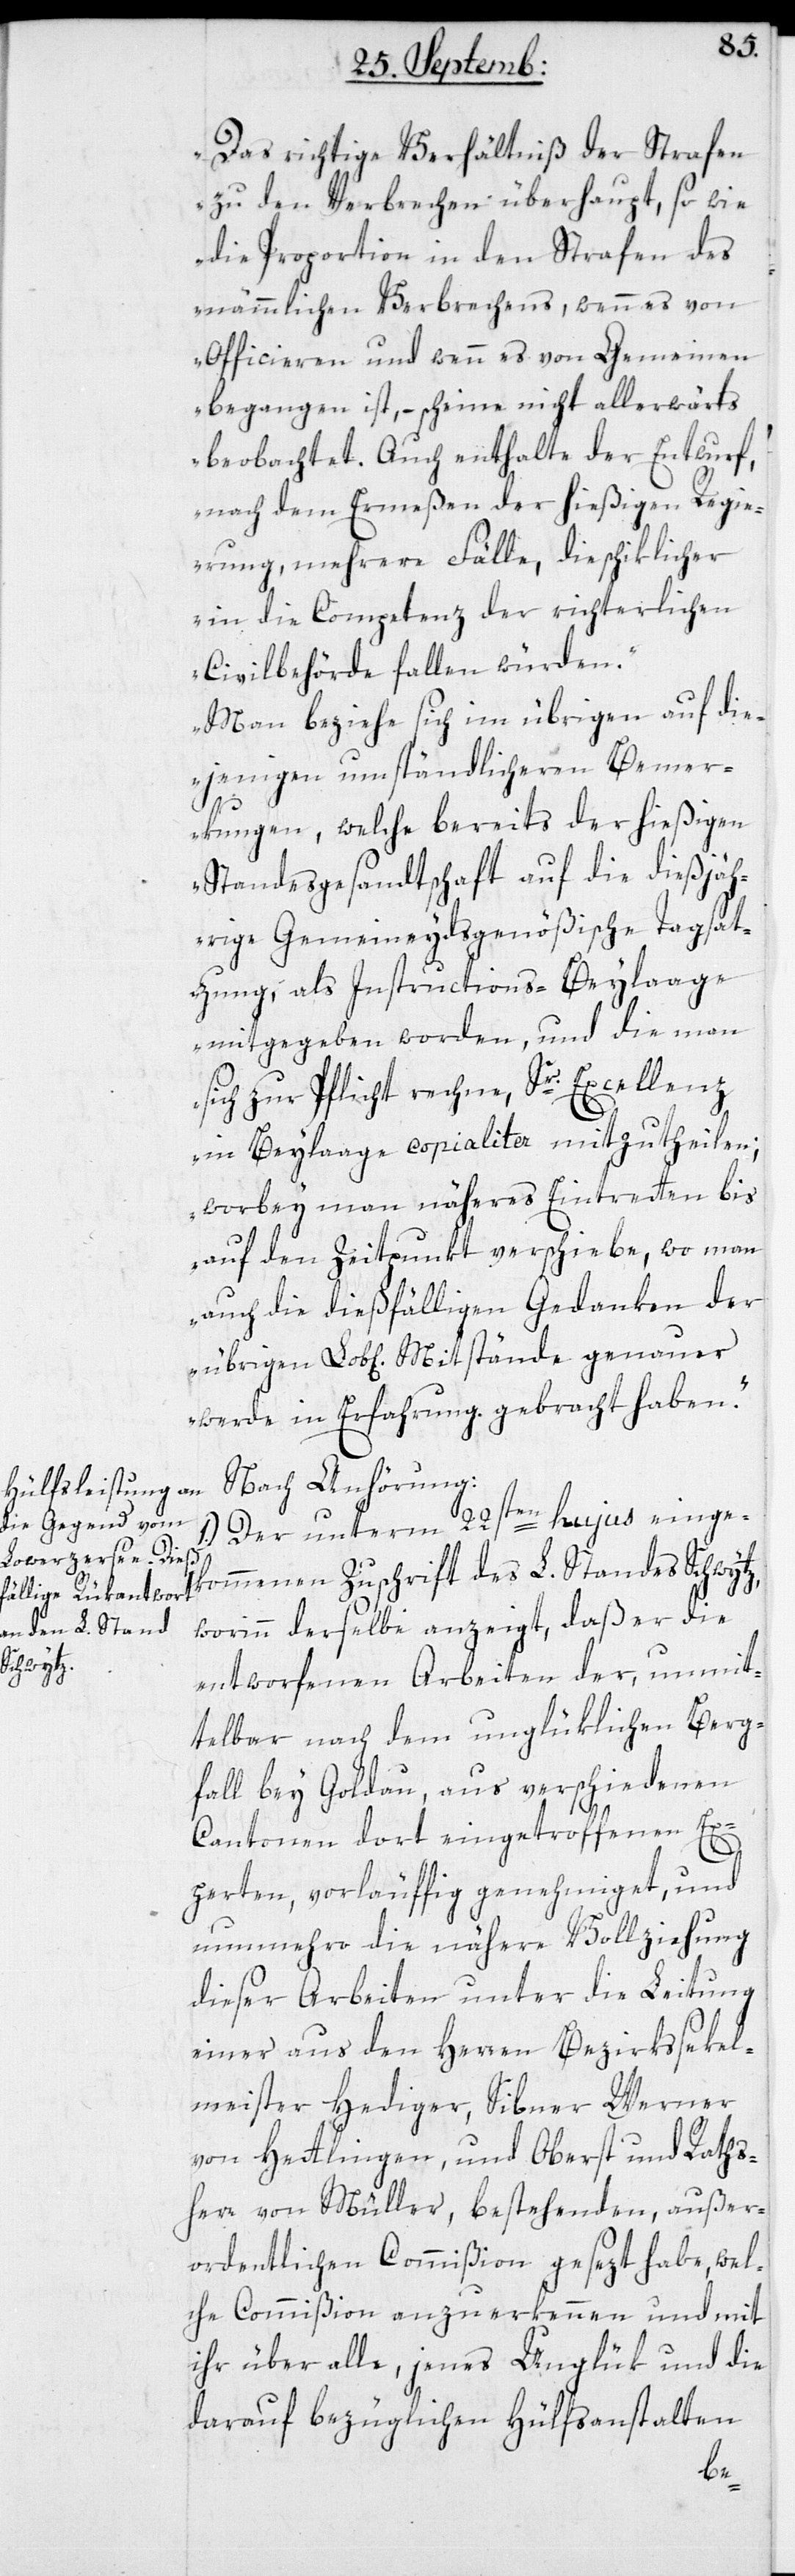
Das richtige Verhältniß der Strafen
zu den Verbrechen überhaupt, so wie
die Proportion in den Strafen des
nämmlichen Verbrechens, wenn es von
Officieren und wenn es von Gemeinen
begangen ist, – scheine nicht allerwärts
beobachtet. Auch enthalte der Entwurf,
nach dem Ermeßen der hießigen Regie¬
rung, mehrere Fälle, die schiklicher
in die Competenz der richterlichen
Civilbehörde fallen würden.
Man beziehe sich im übrigen auf die
jenigen umständlicheren Bemer¬
kungen, welche bereits der hießigen
Standesgesandtschaft auf die dießjäh¬
rige Gemeineydsgenößische Tagsat¬
zung, als Instructions-Beylaage
mitgegeben worden, und die man
sich zur Pflicht rechne, Sr. Excellenz
in Beylaage copialiter mitzutheilen;
worbey man näheres Eintretten bis
auf den Zeitpunkt verschiebe, wo man
auch die dießfälligen Gedanken der
übrigen Lob[lichen] Mitstände genauer
werde in Erfahrung gebracht haben“.
Nach Anhörung:
1. Der unterm 22sten hujus einge¬
kommenen Zuschrift des L. Standes Schwytz,
worinn derselbe anzeigt, daß er die
entworfenen Arbeiten der unmit¬
telbar nach dem unglüklichen Berg¬
fall bey Goldau, aus verschiedenen
Cantonen dort eingetroffenen Ex¬
perten, vorläufig genehmiget, und
nunmehro die nähere Vollziehung
dieser Arbeiten unter die Leitung
einer aus den Herren Bezirkssekel¬
meister Hediger, Sibner Werner
von Hettlingen, und Oberst und Raths¬
herr von Müller, bestehenden, außer¬
ordentlichen Commißion gesezt habe, wel¬
che Commißion anzuerkennen und mit
ihr über alle, jenes Unglük und die
darauf bezüglichen Hülfsanstalten